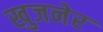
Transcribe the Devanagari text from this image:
खुजनेर